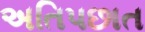
અતિપછાત